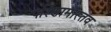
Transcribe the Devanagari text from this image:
परिणामास्तव